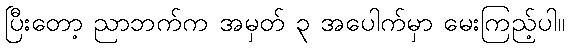
ပြီးတော့ ညာဘက်က အမှတ် ၃ အပေါက်မှာ မေးကြည့်ပါ။